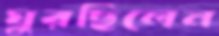
ঘুরছিলেন